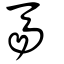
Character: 馵